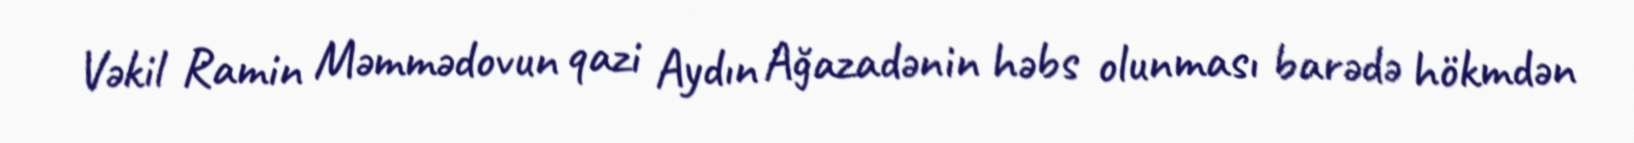
Vəkil Ramin Məmmədovun qazi Aydın Ağazadənin həbs olunması barədə hökmdən